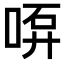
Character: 𠶡